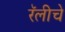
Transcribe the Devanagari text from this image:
रॅलीचे